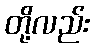
တို့လည်း